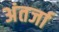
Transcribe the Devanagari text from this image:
अंतर्जा